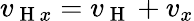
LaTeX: v_{\mathrm{~H~}x}=v_{\mathrm{~H~}}+v_{x}